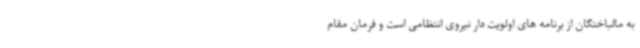
به مالباختگان از برنامه های اولویت دار نیروی انتظامی است و فرمان مقام